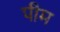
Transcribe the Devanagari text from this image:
पीम